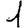
Digit: 1